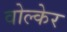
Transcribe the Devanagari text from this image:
वोल्केर